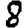
Digit: 8